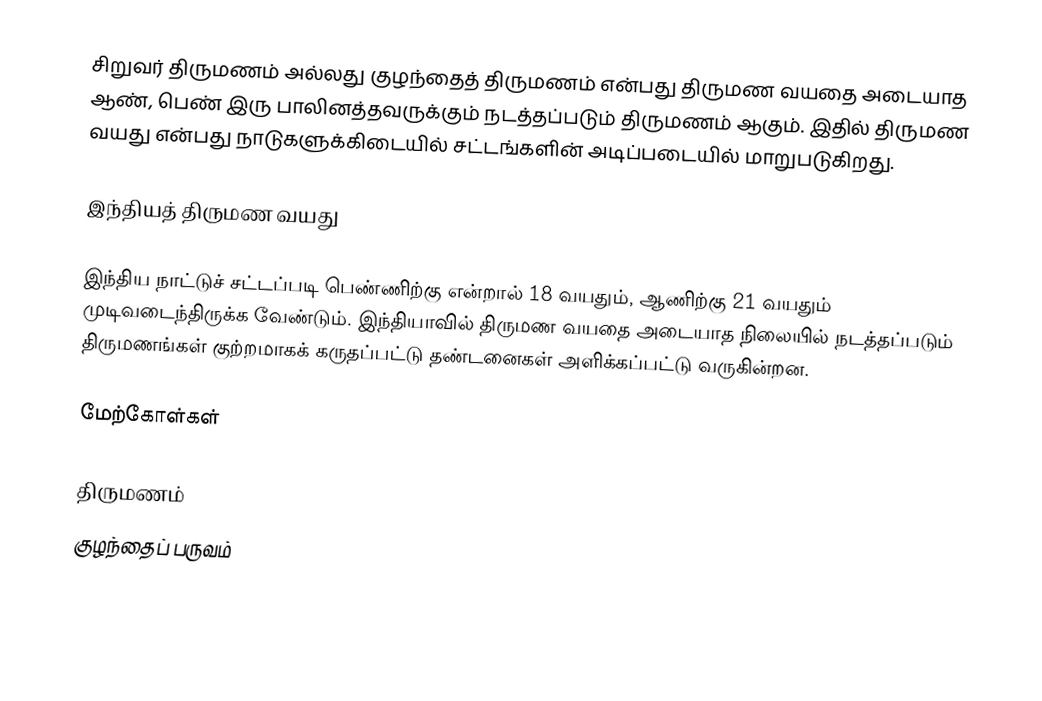
சிறுவர் திருமணம் அல்லது குழந்தைத் திருமணம் என்பது திருமண வயதை அடையாத ஆண், பெண் இரு பாலினத்தவருக்கும் நடத்தப்படும் திருமணம் ஆகும். இதில் திருமண வயது என்பது நாடுகளுக்கிடையில் சட்டங்களின் அடிப்படையில் மாறுபடுகிறது.

இந்தியத் திருமண வயது

இந்திய நாட்டுச் சட்டப்படி பெண்ணிற்கு என்றால் 18 வயதும், ஆணிற்கு 21 வயதும் முடிவடைந்திருக்க வேண்டும். இந்தியாவில் திருமண வயதை அடையாத நிலையில் நடத்தப்படும் திருமணங்கள் குற்றமாகக் கருதப்பட்டு தண்டனைகள் அளிக்கப்பட்டு வருகின்றன.

மேற்கோள்கள்

திருமணம்
குழந்தைப் பருவம்